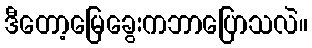
ဒီတော့မြေခွေးကဘာပြောသလဲ။